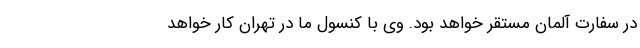
در سفارت آلمان مستقر خواهد بود. وی با کنسول ما در تهران کار خواهد